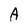
Character: A